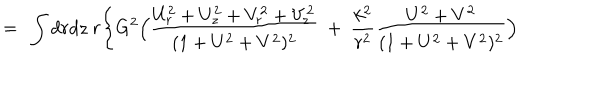
= \ \int d r d z \ r \Biggl \{ G ^ { 2 } \Bigl ( { \frac { U _ { r } ^ { 2 } + U _ { z } ^ { 2 } + V _ { r } ^ { 2 } + V _ { z } ^ { 2 } } { ( 1 + U ^ { 2 } + V ^ { 2 } ) ^ { 2 } } } \ + \ \frac { k ^ { 2 } } { r ^ { 2 } } { \frac { U ^ { 2 } + V ^ { 2 } } { ( 1 + U ^ { 2 } + V ^ { 2 } ) ^ { 2 } } } \Bigr )